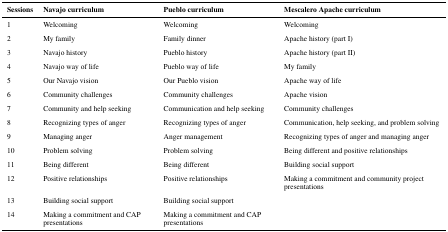
| Sessions | Navajo curriculum | Pueblo curriculum | Mescalero Apache curriculum |
 | --- | --- | --- | --- |
 | 1 | Welcoming | Welcoming | Welcoming |
 | 2 | My family | Family dinner | Apache history (part I) |
 | 3 | Navajo history | Pueblo history | Apache history (part II) |
 | 4 | Navajo way of life | Pueblo way of life | My family |
 | 5 | Our Navajo vision | Our Pueblo vision | Apache way of life |
 | 6 | Community challenges | Community challenges | Apache vision |
 | 7 | Community and help seeking | Communication and help seeking | Community challenges |
 | 8 | Recognizing types of anger | Recognizing types of anger | Communication, help seeking, and problem solving |
 | 9 | Managing anger | Anger management | Recognizing types of anger and managing anger |
 | 10 | Problem solving | Problem solving | Being different and positive relationships |
 | 11 | Being different | Being different | Building social support |
 | 12 | Positive relationships | Positive relationships | Making a commitment and community project presentations |
 | 13 | Building social support | Building social support |  |
 | 14 | Making a commitment and CAP presentations | Making a commitment and CAP presentations |  |